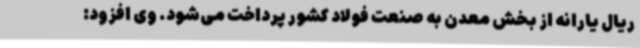
ریال یارانه از بخش معدن به صنعت فولاد کشور پرداخت می‌شود. وی افزود: